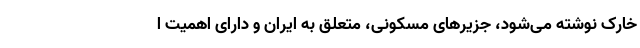
خارک نوشته می‌شود، جزیرهای مسکونی، متعلق به ایران و دارای اهمیت ا